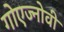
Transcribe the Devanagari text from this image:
गोएज्नोवी